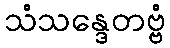
သံသန္ဒေတဗ္ဗံ